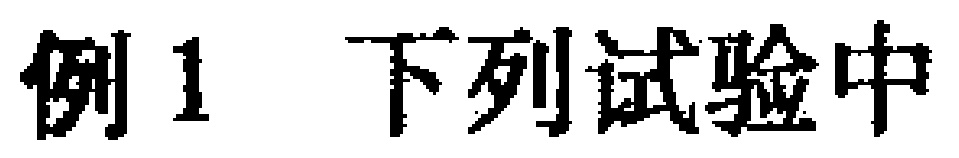
例1 下列试验中